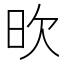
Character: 欥